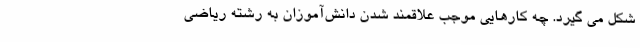
شکل می گیرد. چه کارهایی موجب علاقمند شدن دانش‌آموزان به رشته ریاضی